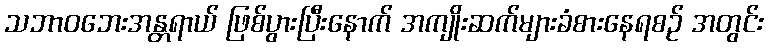
သဘာဝဘေးအန္တရာယ် ဖြစ်ပွားပြီးနောက် အကျိုးဆက်များခံစားနေရစဉ် အတွင်း